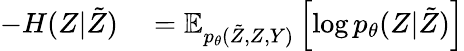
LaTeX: \begin{array}{rl}{-H(Z|\tilde{Z})}&{{}=\mathbb{E}_{p_{\theta}(\tilde{Z},Z,Y)}\left[\log p_{\theta}(Z|\tilde{Z})\right]}\end{array}